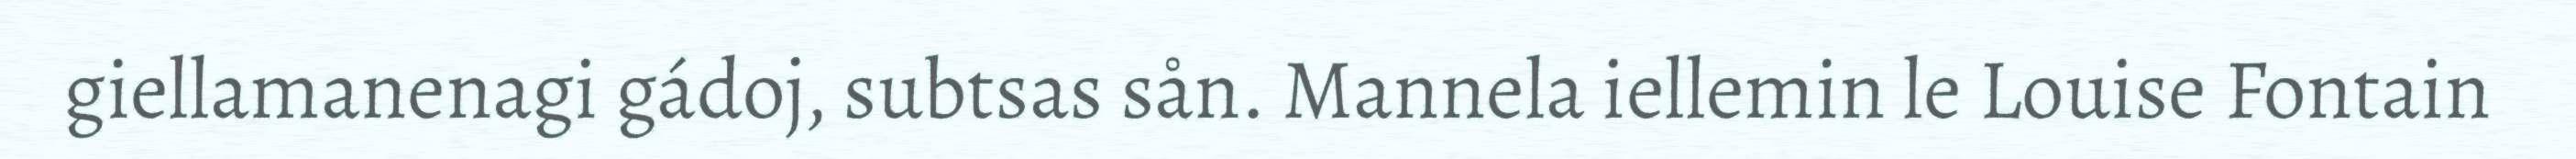
giellamanenagi gádoj, subtsas sån. Mannela iellemin le Louise Fontain